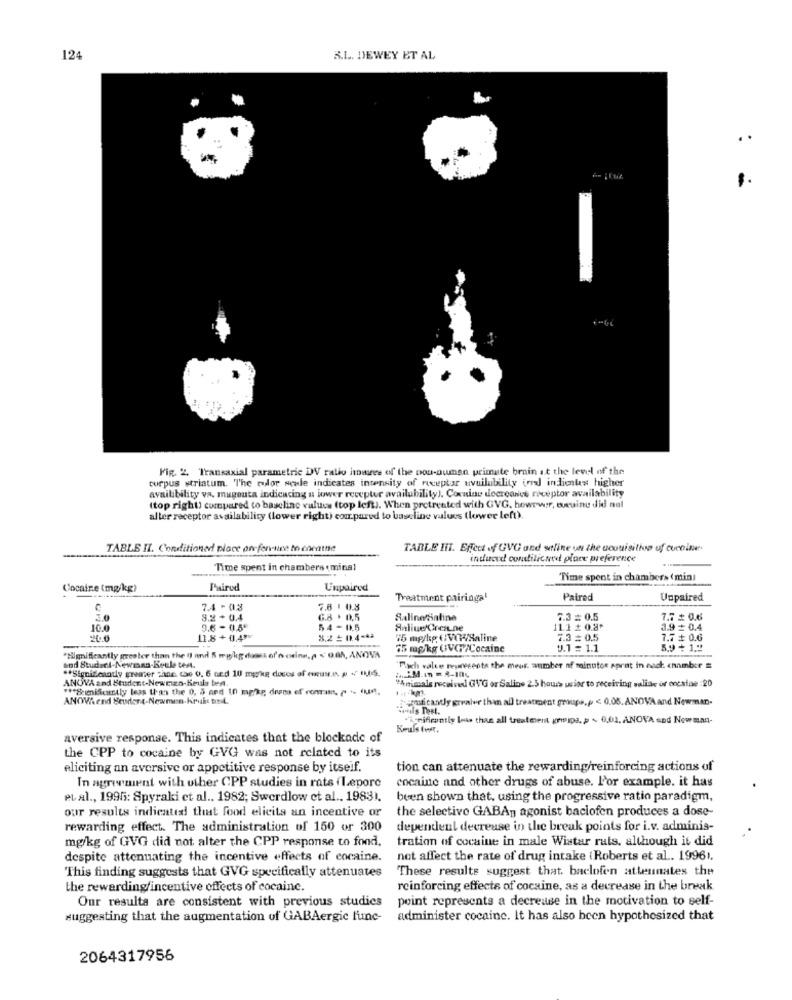
124
B.L ., DEWEY ET AL
Fig. 2. Transaxial parametric DWV ratio houses of the pou-ouman primate brain at the level of the
corpus striatum. The oflor seule indicates intensity of receptor uvuilability (oral indicates higher
availibility va. mugouta indicating a lower recepter availability). Coxninu decreance receptor availability
(top right) compared to baseline value (top left). When pretreated with GVG. however, eucuinu did nul
alter receptor availability (lower right) compared to baseline values (lower left).
TABLE II. Conditioned place on fer-sice to cacate
TABLE III. Effect of GVG and stline un the acquisition of cuenine.
induced conditioned place preference
Time spent in chambers ( ming!
Time spent in chambers ( mini
Cocaine (mg/kg)
Paired
Unpaired
Treatment pairingal
Paired
Unpaired
7.4 - 03
7,8 1 0.8
3.0
8.2 + 0.4
6.8 + 0.5
S.aline Saline
7.3 = 0.5
7.7 £ 0.6
10.0
9.6 - 01,5'
54-1.5
Anliue Crea.ne
111 2 0.8º
3.9 + 0.4
11.8 + 0.43
75 mp/kp (:VOWSaline
7.3 = 0.5
7.7 + 0.6
75 mg/kg UVG /Cocaine
1.1 = 1.1
"Significantly greater than the () and 5 mg/kg dass of'n odinn ,, < 0.GA, ANOVA
bod Student-Newman-Beule test.
** Significantly greater choc. cae 0. 6 ord 10 mg/kg doces of oruse p + t,DiS.
Pch valve representa the meur. anumber of minutos aprat in nad chamber #
ANOVA and Student-Newmen-Keule ten.
"Animals received GVG or Salins 2.5 hours usior to receiving suliae or oncaine :20
*** Seienifcmtly less than the 0, 5 and 10 mg/kg desea of roman, ~ ~ (MM.
ANOVA end Seurent-Newmen-Kiruhe trndL.
"-yuh tantly grealer than all treatment groupe,p < 0.05. ANOVA and Newman-
Hals Test.
rifently less than all tresteren grips, p < 0.01. ANOVA and Nowman-
Keuls twit.
aversive response. This indicates that the blockade of
the CPP to cocaine by GVG was not related to its
eliciting an aversive or appetitive response by itself.
tion can attenuate the rewarding/reinforcing actions of
In agreement with other CPP studies in rats (Lepore
cocaine and other drugs of abuse. l'or example. it has
et al ., 1995: Spyraki et al .. 1982; Swerdlow et al .. 1983).
been shown that, using the progressive ratio paradigm,
our results indicated that food elicits an incentive or
the selectivo GABAy, agonist baclofen produces a dose-
rewarding effect. The administration of 150 or 300
dependent decrease in the break points for i.v. adminis-
tration of cocaine in male Wistar ruts, although it did
mg/kg of GVG did not alter the CPP response to fond,
despite attenuating the incentive effects of cocaine.
not affect the rate of drug intake (Roberts et al .. 19961.
This finding suggests that GVG specifically attenuates
These results suggest that. baclofen atteunates the
the rewarding/incentive effects of cocaine.
reinforcing effects of cocaine, as a decrease in the break
Our results are consistent with previous studies
point represents a decrease in the motivation to self-
suggesting that the augmentation of GABAergic func-
administer cocaine. It has also been hypothesized that
2064317956